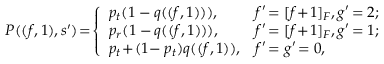
P ( ( f , 1 ) , s ^ { \prime } ) \! = \! \left\{ \begin{array} { l l } { p _ { t } ( 1 - q ( ( f , 1 ) ) ) , } & { f ^ { \prime } \! = [ f \! + \! 1 ] _ { F } , g ^ { \prime } \! = 2 ; } \\ { p _ { r } ( 1 - q ( ( f , 1 ) ) ) , } & { f ^ { \prime } \! = [ f \! + \! 1 ] _ { F } , g ^ { \prime } \! = 1 ; } \\ { p _ { t } \! + \! ( 1 \! - p _ { t } ) q ( ( f , 1 ) ) , } & { f ^ { \prime } \! = g ^ { \prime } \! = 0 , } \end{array} \right.